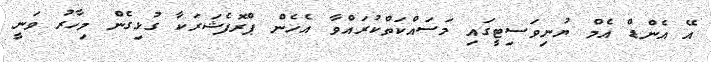
އޭ އެންޑް އެމް ޔުނިވަސިޓީގައި މަސައްކަތްކުރައްވާ އެހެން ޕްރޮފެޝަރަކާ ގުޅިގެން މިހާރު ވަނީ